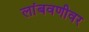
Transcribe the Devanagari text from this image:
लांबवणीवर